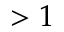
> 1